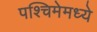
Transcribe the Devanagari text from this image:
पश्चिमेमध्ये